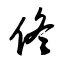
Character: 佟